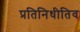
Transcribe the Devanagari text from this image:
प्रतिनिधीतिव